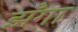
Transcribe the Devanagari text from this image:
झँगा